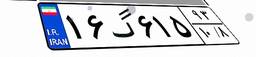
۱۶گ۶۱۵۹۳